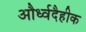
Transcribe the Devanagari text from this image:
और्ध्वदैहीक